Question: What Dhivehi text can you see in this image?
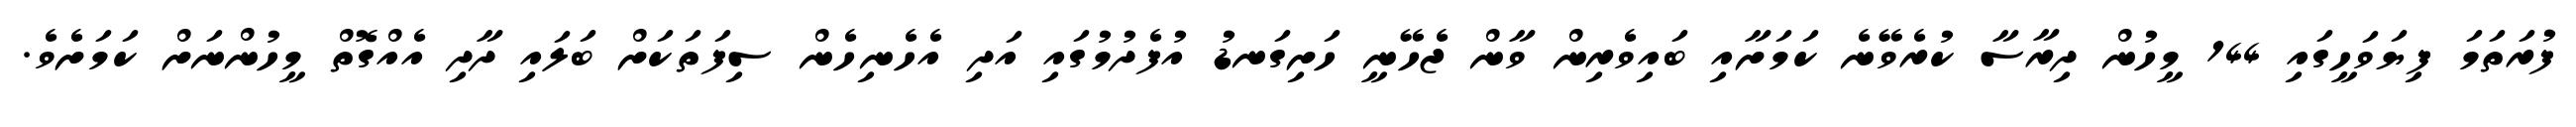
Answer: ފުރަތަމަ ފިޔަވަހީގައި 144 މީހުން ދިރާސާ ކުރެވޭނެ ކަމަށާއި ބައިވެރިން ވާން ޖެހޭނީ ހަށިގަނޑު އުފެދުމުގައި އަދި އެހެނިހެން ސިފަތަކަށް ބަލައި ދާދި އެއްގޮތް މީހުންނަށް ކަމަށެވެ.